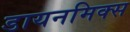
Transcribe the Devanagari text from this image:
डायनमिक्स